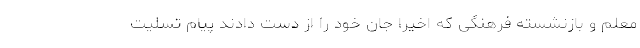
معلم و بازنشسته فرهنگی که اخیرا جان خود را از دست دادند پیام تسلیت